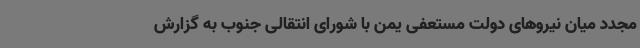
مجدد میان نیروهای دولت مستعفی یمن با شورای انتقالی جنوب به گزارش